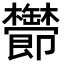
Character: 𬅔